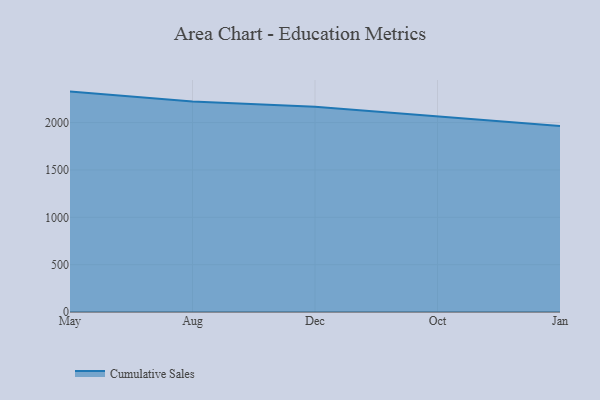
{"axis": {"x": "Month", "y": "Temperature (°C)"}, "legend": ["Cumulative Sales"], "data": [{"x": "May", "y": 2327.4, "type": "Cumulative Sales"}, {"x": "Aug", "y": 2222.4, "type": "Cumulative Sales"}, {"x": "Dec", "y": 2166.9, "type": "Cumulative Sales"}, {"x": "Oct", "y": 2066.9, "type": "Cumulative Sales"}, {"x": "Jan", "y": 1963.1, "type": "Cumulative Sales"}]}